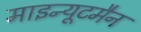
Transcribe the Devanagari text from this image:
माइन्यूटमैन